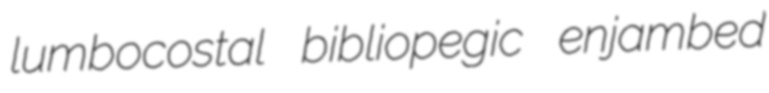
lumbocostal bibliopegic enjambed